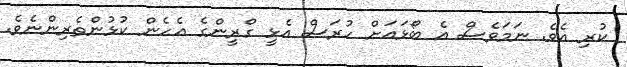
ކުރި އެވެ. ނަމަވެސް އެ ބޯޅައަށް ހުރަސް އެޅީ ގްރީންގެ އެހެން ކުޅުންތެރިންނެވެ.